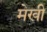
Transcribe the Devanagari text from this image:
मेखी